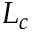
L _ { c }